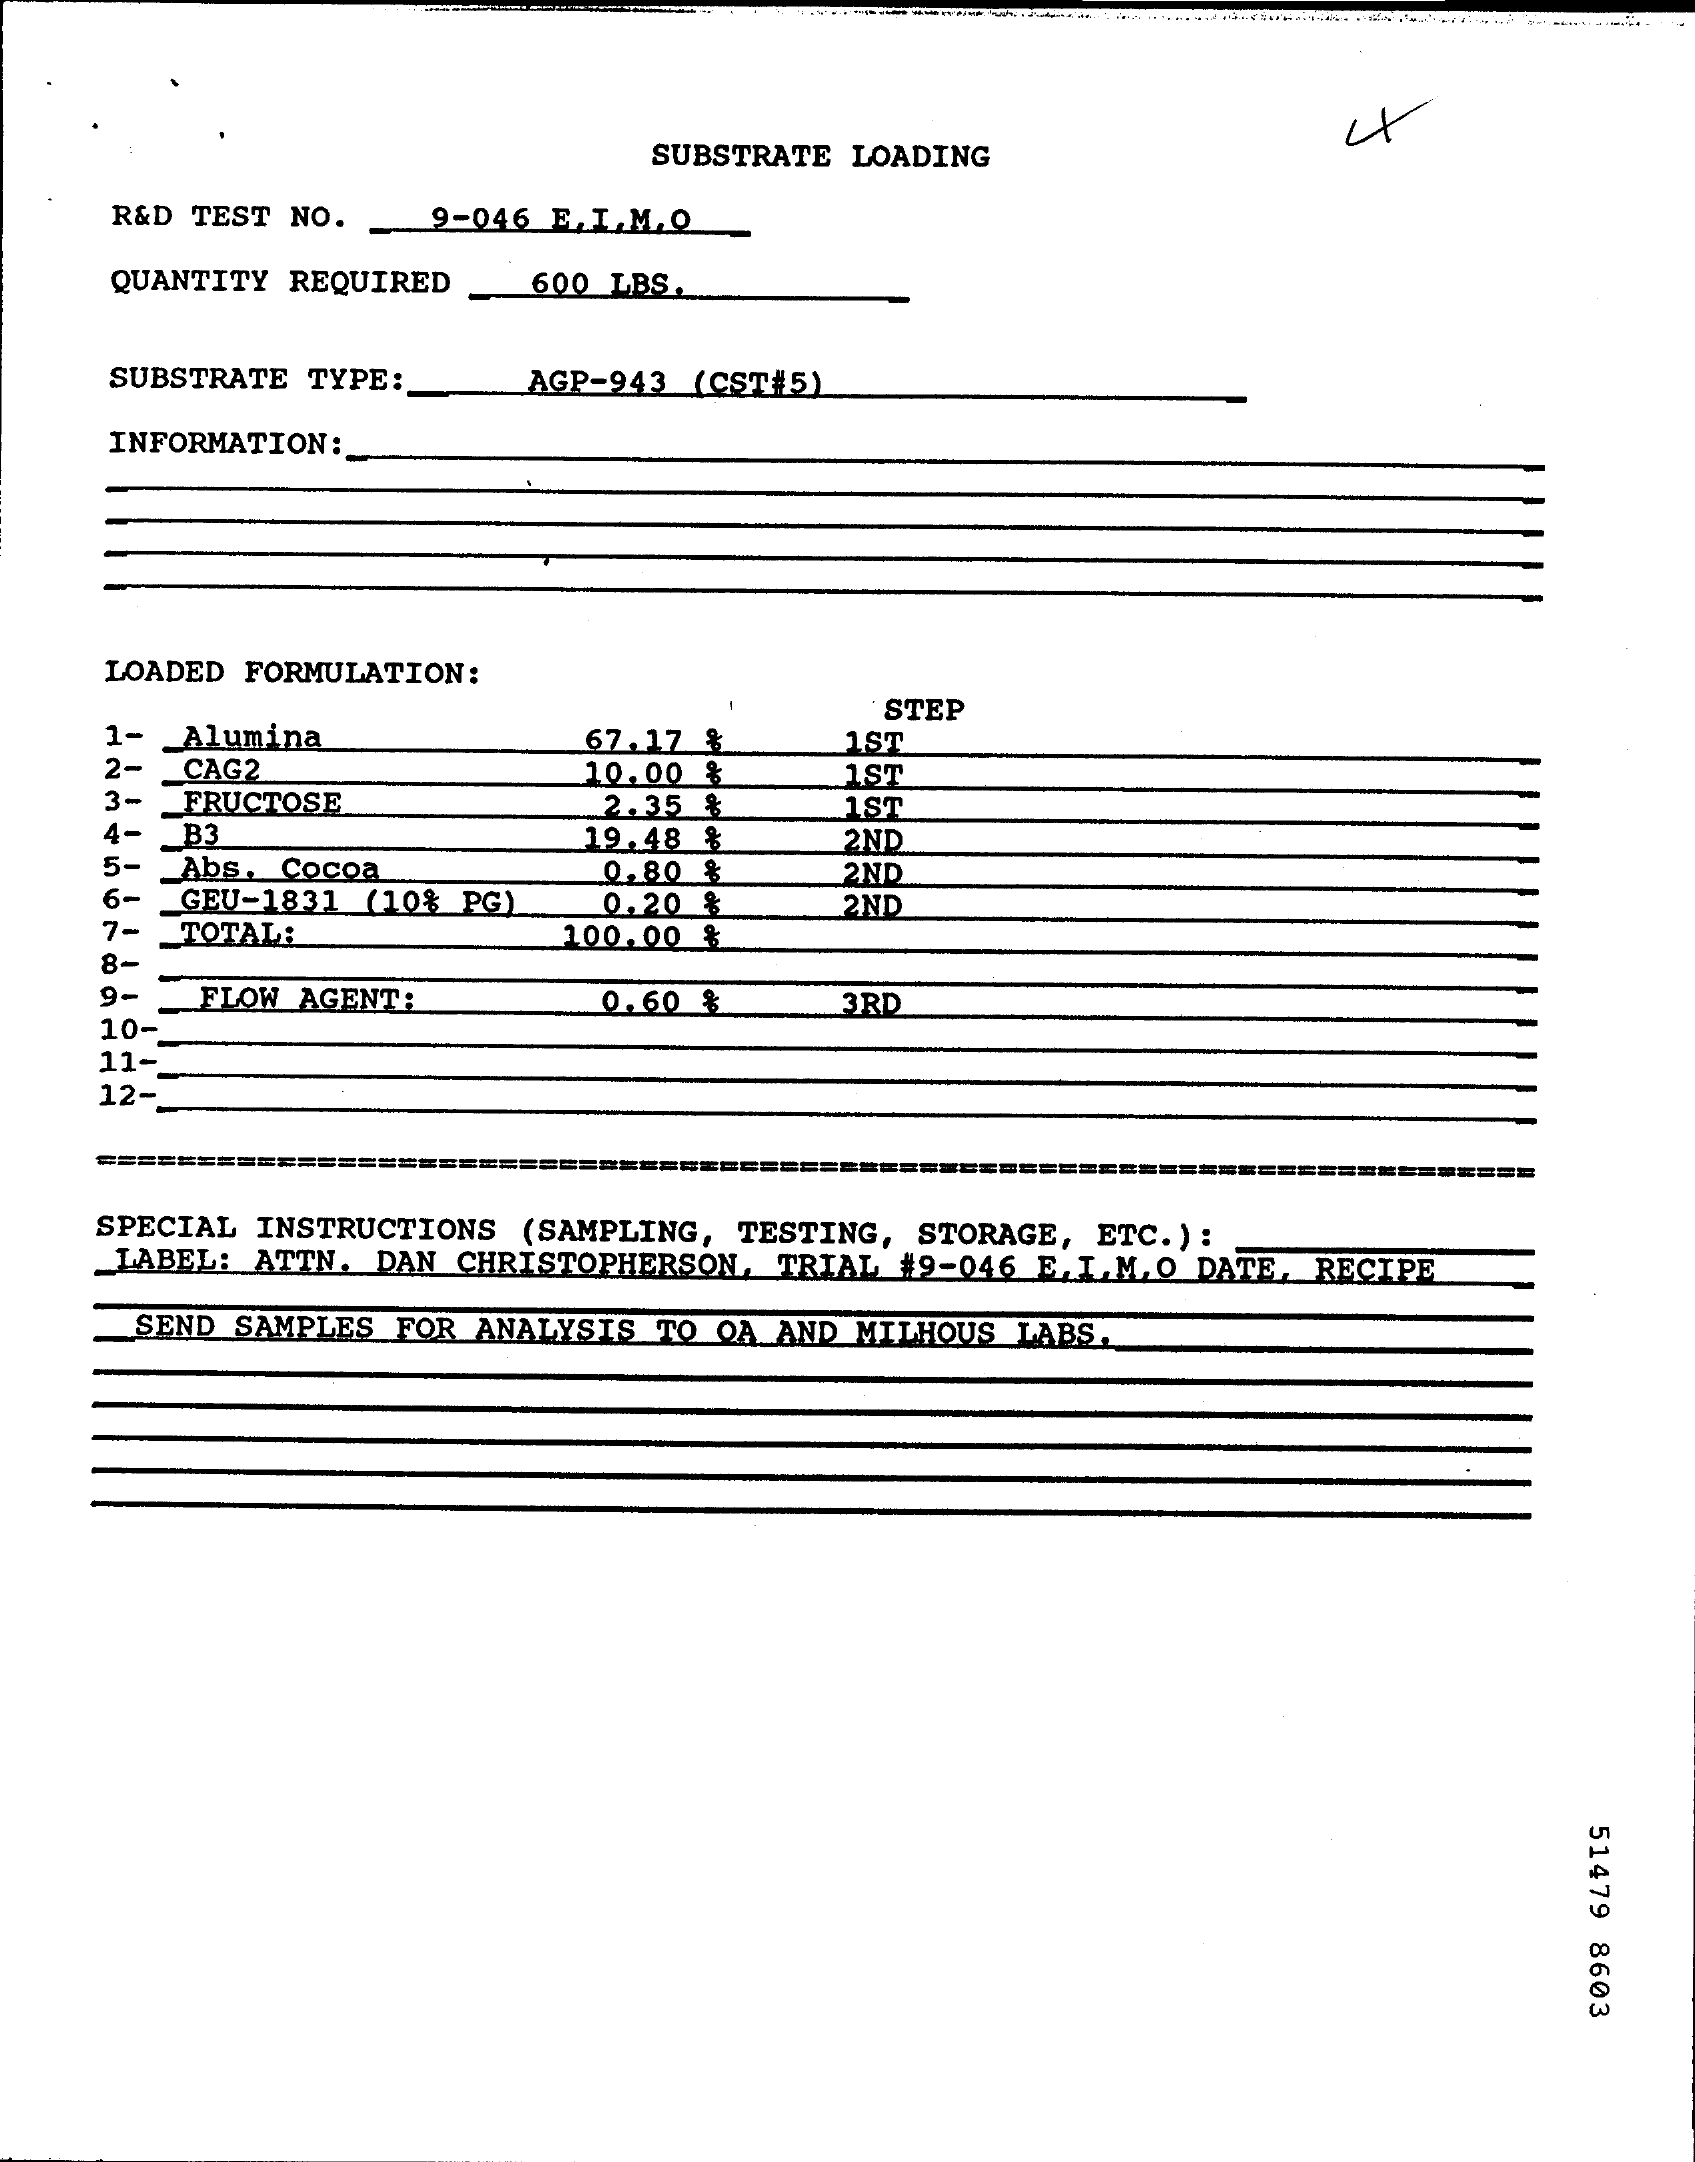
SUBSTRATE LOADING
     R&D TEST NO.   9-046 E. I.M. Q
     QUANTITY REQUIRED  600 LBS
     SUBSTRATE TYPE :.  AGP-943 (CST#5)
     INFORMATION:
     LOADED FORMULATION:
     67.17 %
     STEP
     1- _ Alumina
     2- CAG2
     1ST
     3- FRUCTOSE
     10.00 %    1ST
     2.35 $    1ST
     4- _ B3    19.48 ₺    2ND
     5- Abs. Cocoa    0.80 %    2ND
     6- GEU-1831 (10% PG)
     7- TOTALA
     0.20 %    2ND
     100.00 %
     8-
     9-  FLOW AGENT:    0.60 %    3RD
     10-
     11-
     12-
     ========
     SPECIAL INSTRUCTIONS (SAMPLING, TESTING, STORAGE, ETC.) :
     _LABEL: ATTN. DAN CHRISTOPHERSON, TRIAL #9-046 E. I. M. O_DATE, RECIPE
     SEND SAMPLES FOR ANALYSIS TO QA AND MILHOUS LABS.
     51479
     8603